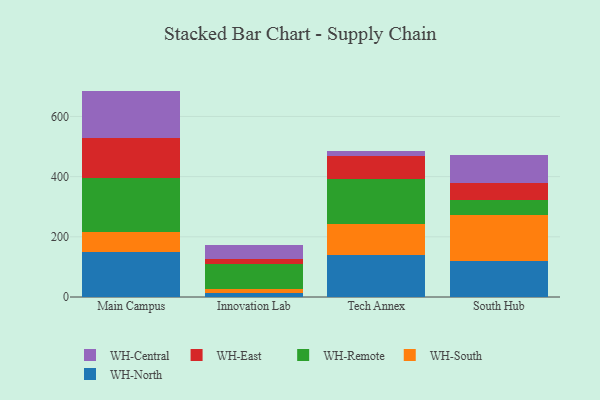
{"axis": {"x": "Campus", "y": "Demand Index"}, "legend": ["WH-Central", "WH-East", "WH-North", "WH-Remote", "WH-South"], "data": [{"x": "Main Campus", "y": 148.5, "type": "WH-North"}, {"x": "Main Campus", "y": 68.6, "type": "WH-South"}, {"x": "Main Campus", "y": 179.6, "type": "WH-Remote"}, {"x": "Main Campus", "y": 130.5, "type": "WH-East"}, {"x": "Main Campus", "y": 157.9, "type": "WH-Central"}, {"x": "Innovation Lab", "y": 13.0, "type": "WH-North"}, {"x": "Innovation Lab", "y": 13.9, "type": "WH-South"}, {"x": "Innovation Lab", "y": 81.4, "type": "WH-Remote"}, {"x": "Innovation Lab", "y": 17.5, "type": "WH-East"}, {"x": "Innovation Lab", "y": 46.4, "type": "WH-Central"}, {"x": "Tech Annex", "y": 140.8, "type": "WH-North"}, {"x": "Tech Annex", "y": 100.3, "type": "WH-South"}, {"x": "Tech Annex", "y": 152.4, "type": "WH-Remote"}, {"x": "Tech Annex", "y": 76.2, "type": "WH-East"}, {"x": "Tech Annex", "y": 14.4, "type": "WH-Central"}, {"x": "South Hub", "y": 119.2, "type": "WH-North"}, {"x": "South Hub", "y": 151.9, "type": "WH-South"}, {"x": "South Hub", "y": 50.7, "type": "WH-Remote"}, {"x": "South Hub", "y": 56.0, "type": "WH-East"}, {"x": "South Hub", "y": 95.5, "type": "WH-Central"}]}